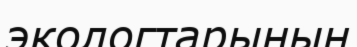
экологтарының